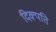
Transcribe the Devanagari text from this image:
दिक्पति